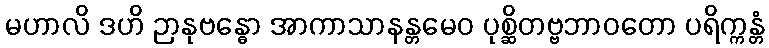
မဟာလိ ဒဟိ ဉာနုဗန္ဓော အာကာသာနန္တမေဝ ပုစ္ဆိတဗ္ဗဘာဝတော ပရိက္ကန္တံ